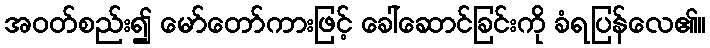
အဝတ်စည်း၍ မော်တော်ကားဖြင့် ခေါ်ဆောင်ခြင်းကို ခံရပြန်လေ၏။